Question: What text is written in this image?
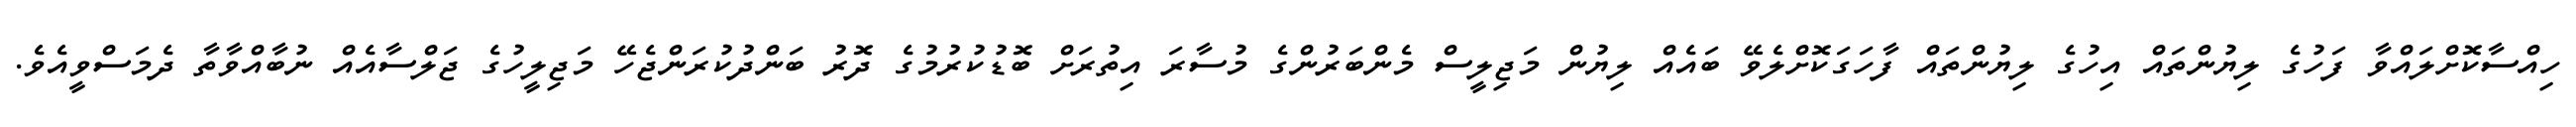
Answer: ހިއްސާކޮށްލައްވާ ފަހުގެ ލިޔުންތައް އިހުގެ ލިޔުންތައް ފާހަގަކޮށްލެވޭ ބައެއް ލިޔުން މަޖިލީސް މެންބަރުންގެ މުސާރަ އިތުރަށް ބޮޑުކުރުމުގެ ދޮރު ބަންދުކުރަންޖެހޭ މަޖިލީހުގެ ޖަލްސާއެއް ނުބާއްވާތާ ދެމަސްވީއެވެ.